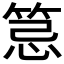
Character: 𥭜